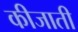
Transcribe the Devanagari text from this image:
कीजाती